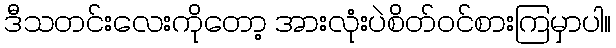
ဒီသတင်းလေးကိုတော့ အားလုံးပဲစိတ်ဝင်စားကြမှာပါ။